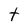
Character: t